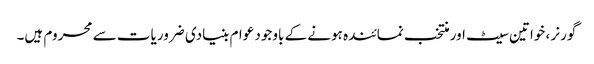
گورنر ، خواتین سیٹ اور منتخب نمائندہ ہونے کے باوجود عوام بنیادی ضروریات سے محروم ہیں۔